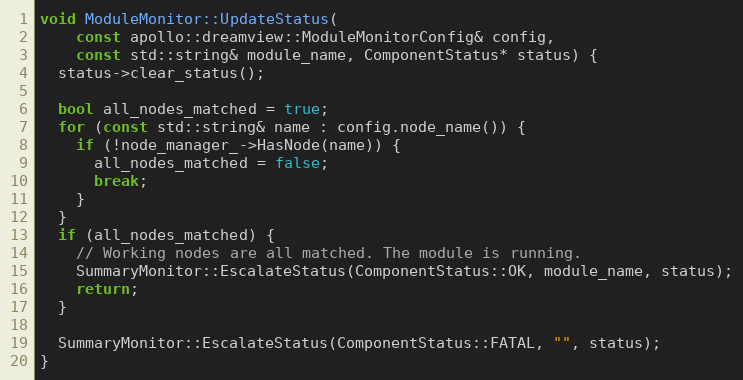
Language: C++
void ModuleMonitor::UpdateStatus(
    const apollo::dreamview::ModuleMonitorConfig& config,
    const std::string& module_name, ComponentStatus* status) {
  status->clear_status();

  bool all_nodes_matched = true;
  for (const std::string& name : config.node_name()) {
    if (!node_manager_->HasNode(name)) {
      all_nodes_matched = false;
      break;
    }
  }
  if (all_nodes_matched) {
    // Working nodes are all matched. The module is running.
    SummaryMonitor::EscalateStatus(ComponentStatus::OK, module_name, status);
    return;
  }

  SummaryMonitor::EscalateStatus(ComponentStatus::FATAL, "", status);
}